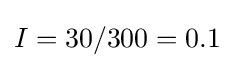
I=30/300=0.1